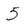
Character: 5